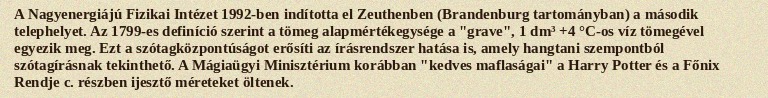
A Nagyenergiájú Fizikai Intézet 1992-ben indította el Zeuthenben (Brandenburg tartományban) a második telephelyet. Az 1799-es definíció szerint a tömeg alapmértékegysége a "grave", 1 dm³ +4 °C-os víz tömegével egyezik meg. Ezt a szótagközpontúságot erősíti az írásrendszer hatása is, amely hangtani szempontból szótagírásnak tekinthető. A Mágiaügyi Minisztérium korábban "kedves maflaságai" a Harry Potter és a Főnix Rendje c. részben ijesztő méreteket öltenek.